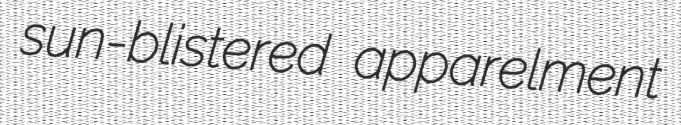
sun-blistered apparelment